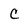
Character: C